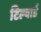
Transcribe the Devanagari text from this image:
टिल्यार्ड